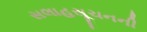
સલાહસૂચનની